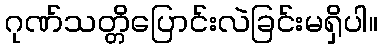
ဂုဏ်သတ္တိပြောင်းလဲခြင်းမရှိပါ။